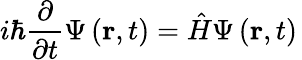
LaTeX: i\hbar{\frac{\partial}{\partial t}}\Psi\left(\mathbf{r},t\right)={\hat{H}}\Psi\left(\mathbf{r},t\right)\,